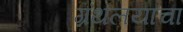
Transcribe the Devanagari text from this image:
ग्रंथलयाचा